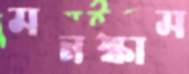
মনস্কাম